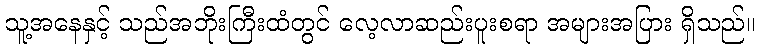
သူ့အနေနှင့် သည်အဘိုးကြီးထံတွင် လေ့လာဆည်းပူးစရာ အများအပြား ရှိသည်။